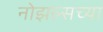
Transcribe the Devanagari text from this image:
नोझल्सच्या